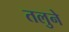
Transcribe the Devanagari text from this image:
तलुने